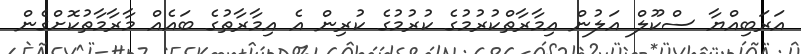
އަރަބިއްޔާ ސްކޫލް އަލުން އިމާރާތްކުރުމުގެ ކުރުމުގެ ކުރިން އެ އިމާރާތުގެ ބައެއް މާރާމާތުކޮށްގެން